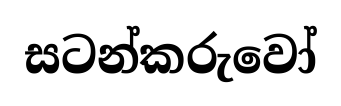
සටන්කරුවෝ